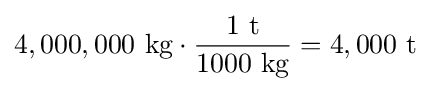
4,000,000\ {\text{kg}}\cdot {\frac {1\ {\text{t}}}{1000\ {\text{kg}}}}=4,000\ {\text{t}}